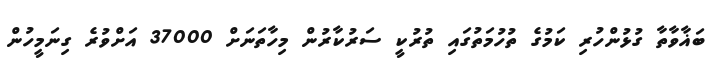
ބަޣާވާތާ ގުޅުންހުރި ކަމުގެ ތުހުމަތުގައި ތުރުކީ ސަރުކާރުން މިހާތަނަށް 37000 އަށްވުރެ ގިނަމީހުން